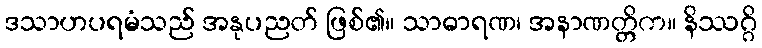
ဒသာဟပရမံသည် အနုပညတ် ဖြစ်၏။ သာဓာရဏ၊ အနာဏတ္တိက။ နိဿဂ္ဂိ